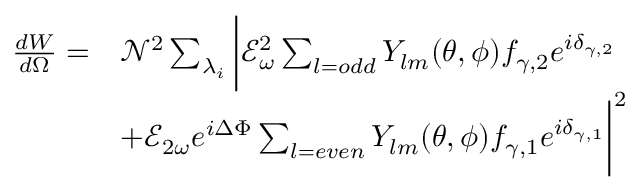
\begin{array} { r l } { \frac { d W } { d \Omega } = } & { \mathcal { N } ^ { 2 } \sum _ { \lambda _ { i } } \bigg | \mathcal { E } _ { \omega } ^ { 2 } \sum _ { l = o d d } Y _ { l m } ( \theta , \phi ) f _ { \gamma , 2 } e ^ { i \delta _ { \gamma , 2 } } } \\ & { + \mathcal { E } _ { 2 \omega } e ^ { i \Delta \Phi } \sum _ { l = e v e n } Y _ { l m } ( \theta , \phi ) f _ { \gamma , 1 } e ^ { i \delta _ { \gamma , 1 } } \bigg | ^ { 2 } } \end{array}